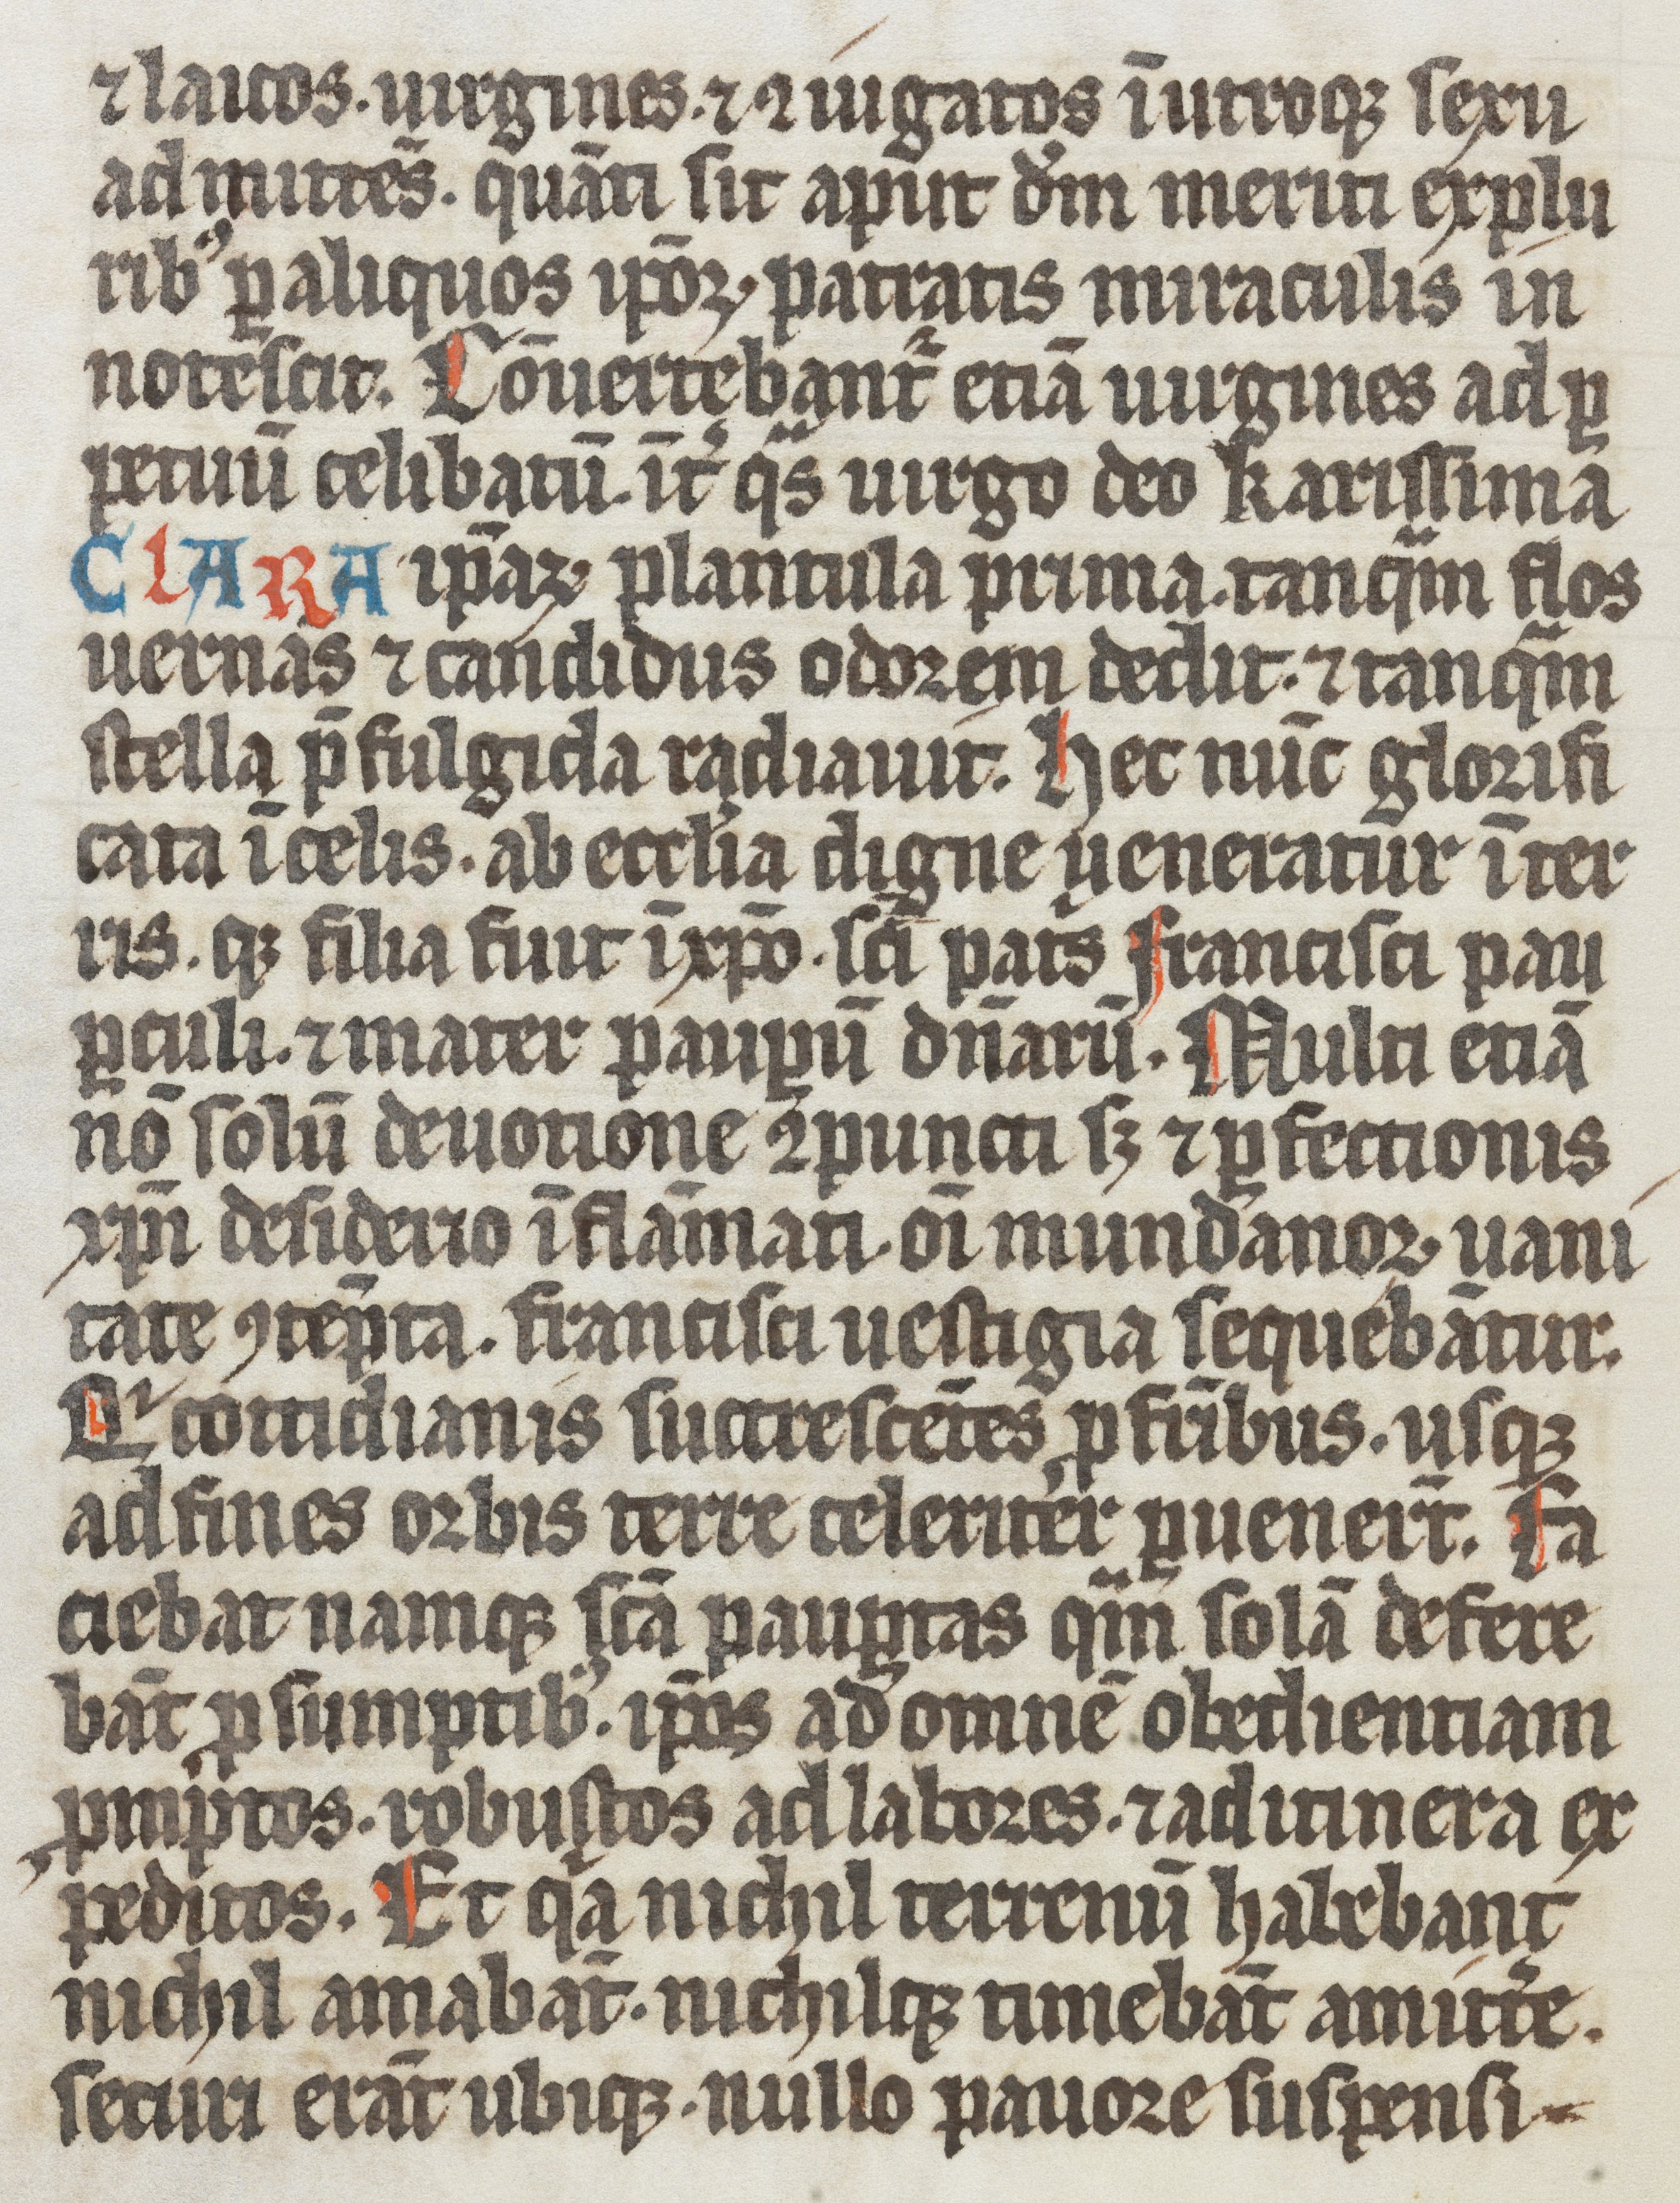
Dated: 1337–1337